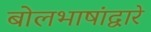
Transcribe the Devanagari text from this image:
बोलभाषांद्वारे